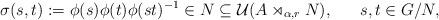
LaTeX: \begin{align*}\sigma(s,t):=\phi(s)\phi(t)\phi(st)^{-1}\in N\subseteq \mathcal{U}(A\rtimes_{\alpha,r}N),\ \ \ \ \ s,t\in G/N,\end{align*}